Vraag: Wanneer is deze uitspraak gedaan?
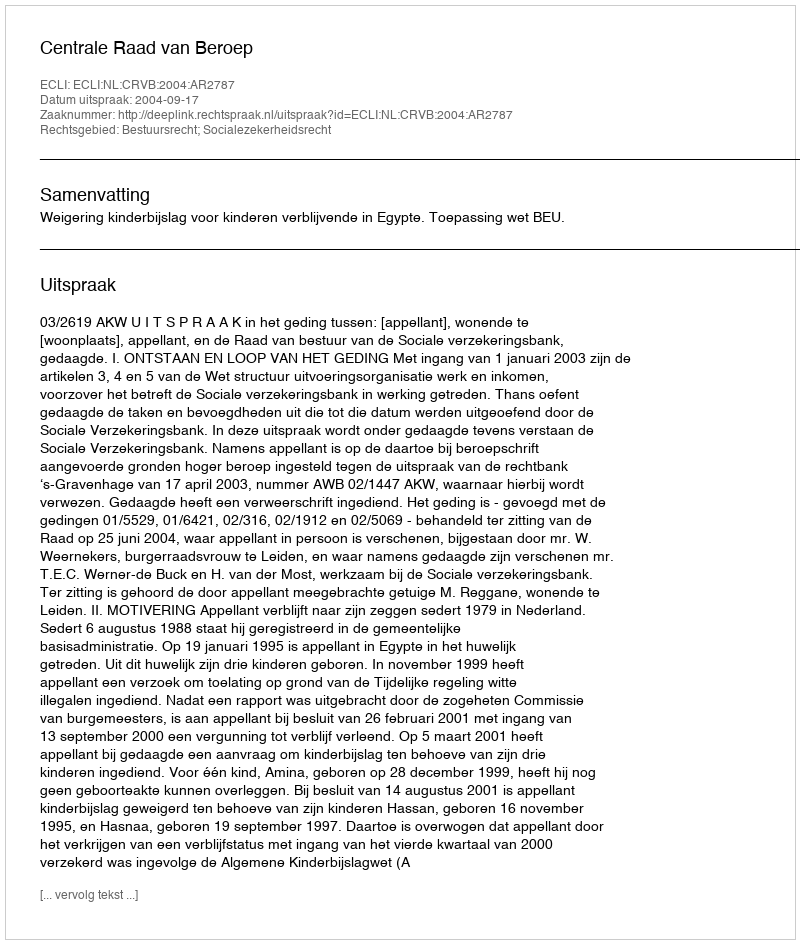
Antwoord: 2004-09-17